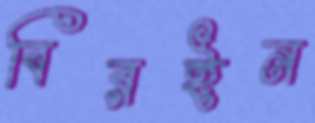
বিরইন